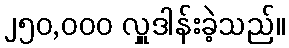
၂၅၀,၀၀၀ လှူဒါန်းခဲ့သည်။